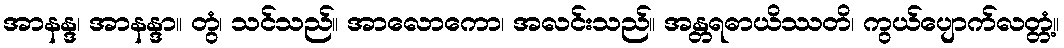
အာနန္ဒ၊ အာနန္ဒာ။ တွံ၊ သင်သည်။ အာလောကော၊ အလင်းသည်။ အန္တရဓာယိဿတိ၊ ကွယ်ပျောက်လတ္တံ့။